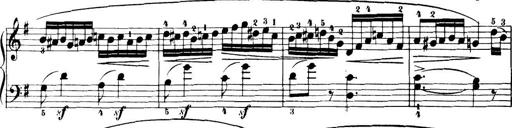
Title: 32 Sonatinas and Rondos for the Piano
Composer: Richard Kleinmichel